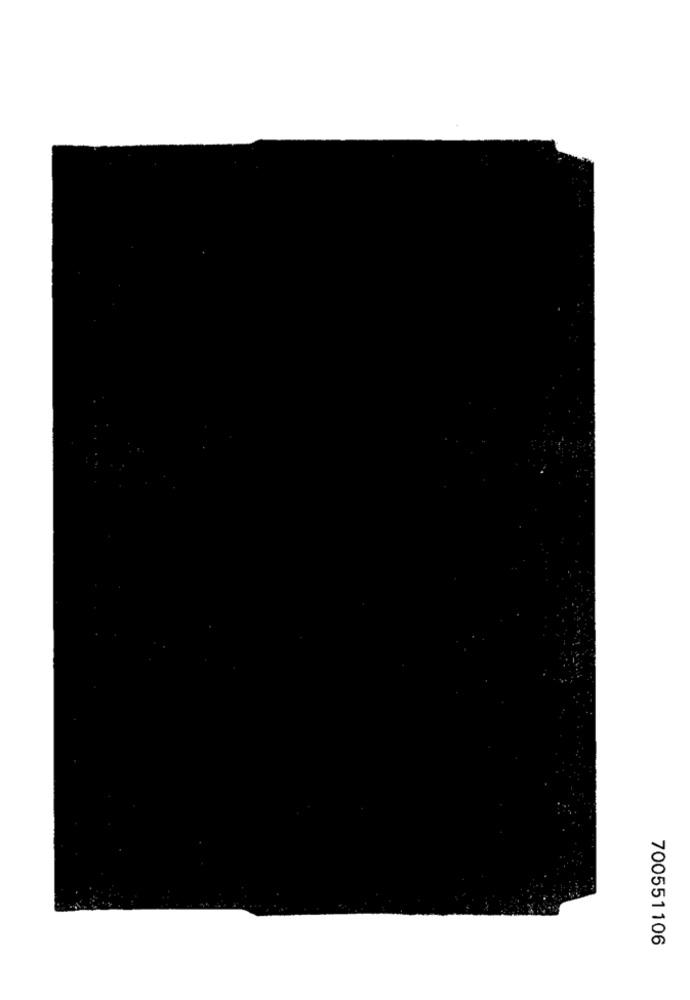
700551106